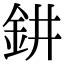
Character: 𨥙